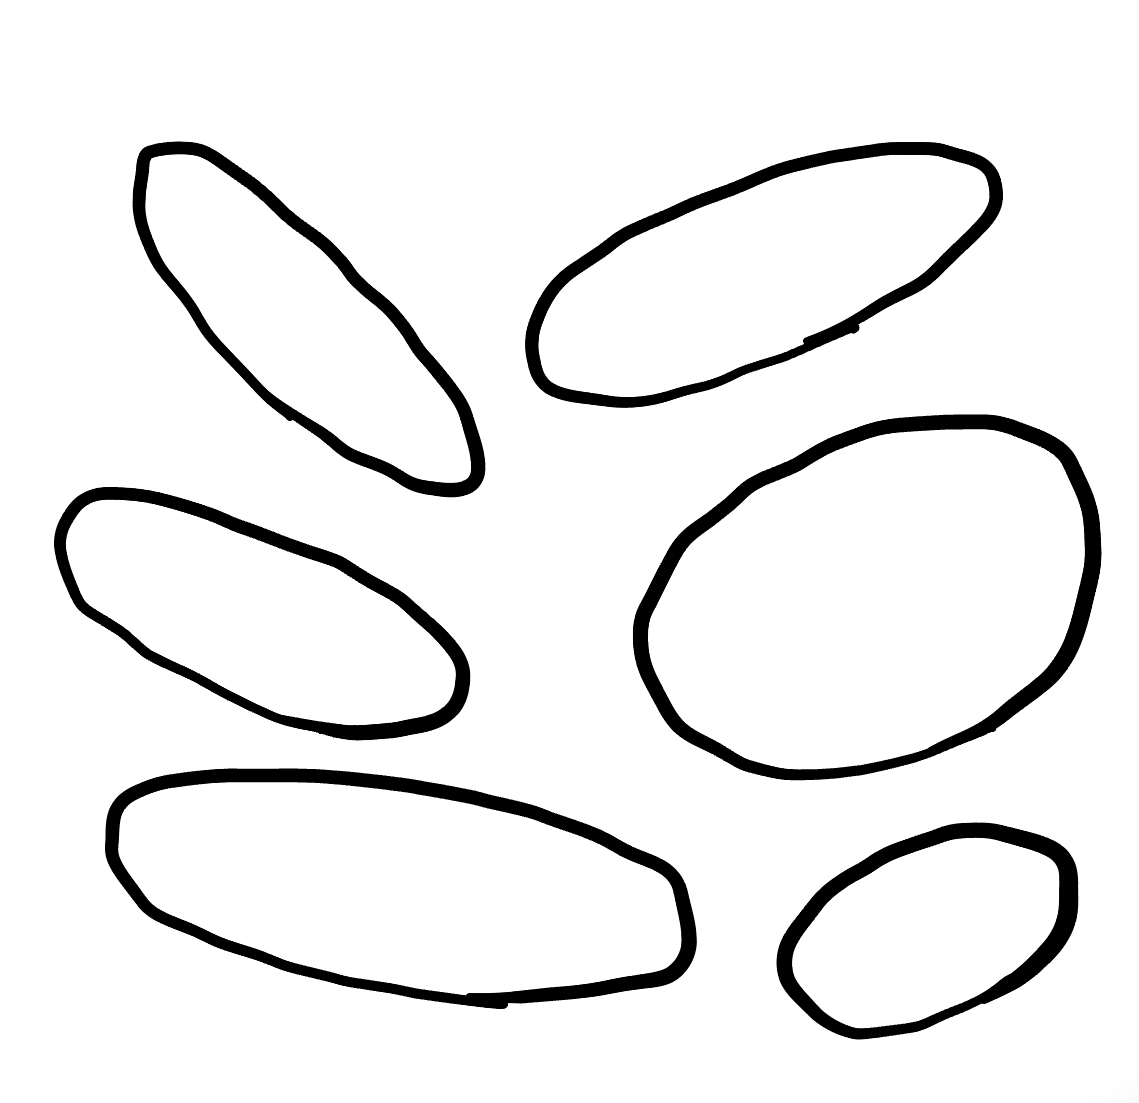
Number of regions (including the outer root region): 7
Containment tree edges (parent, child): 0, 1, 0, 2, 0, 3, 0, 4, 0, 5, 0, 6